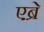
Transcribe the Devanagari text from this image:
एब्रे